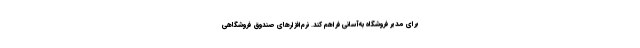
برای مدیر فروشگاه به‌آسانی فراهم کند. نرم‌افزار‌های صندوق فروشگاهی